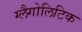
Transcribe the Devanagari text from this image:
ग्लैगोलिटिक